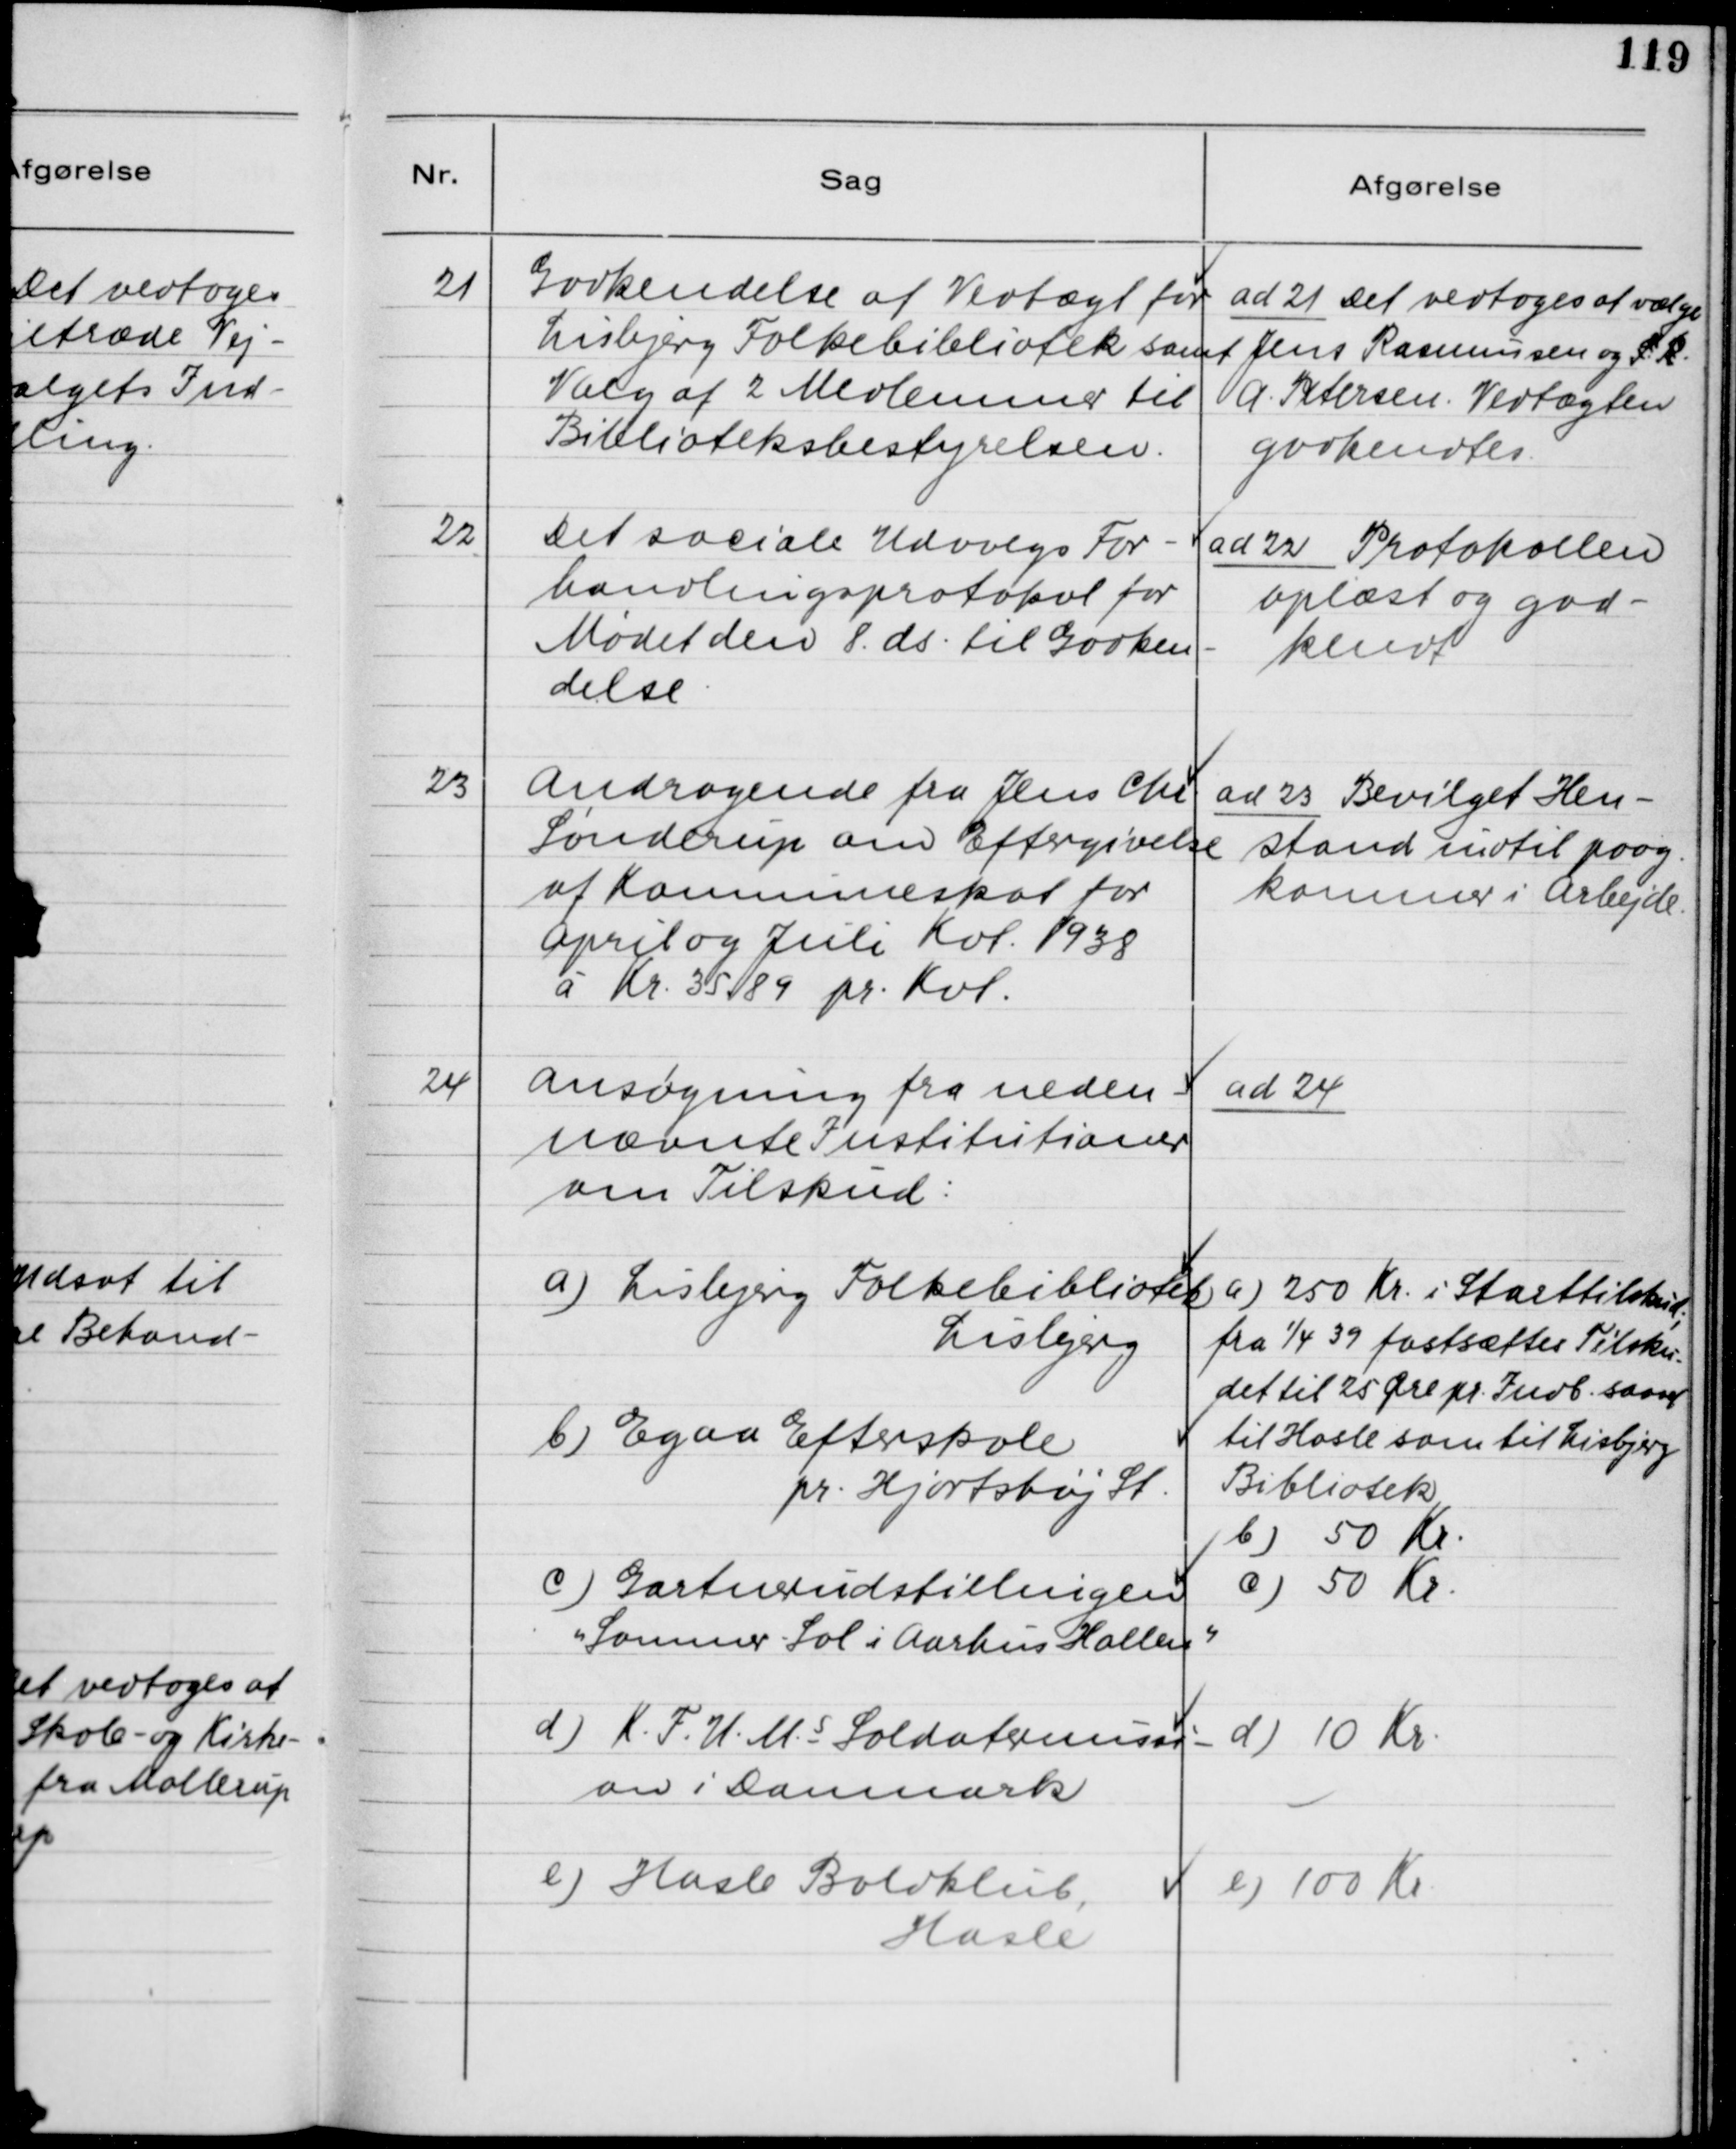
Transskription:
21. Godkendelse af Vedtægt for
Lisbjerg Folkebibliotek samt
Valg af 2 Medlemmer til
Biblioteksbestyrelsen.

ad 21. Det vedtoges at vælge
Jens Rasmussen og S.R.
A. Petersen. Vedtægten
godkendtes.

22. Det sociale Udvalgs For-
hendlingsprotokol for
Mødet den 8. ds. til Godken-
delse.

ad 22. Protokollen
oplæst og god-
kendt

23. Andragende fra Jens Chr.
Sønderup om Eftergivelse
af Kommuneskat for
April og Juli Kvt. 1938
á Kr. 35,89 pr. Kvt.

ad 23. Bevilget Hen-
stand indtil paag.
kommer i Arbejde

24. Ansøgning fra neden-
nævnte Institutioner
om Tilskud:
a) Lisbjerg Folkebibliotek
Lisbjerg
b) Egaa Efterskole
pr. Hjortshøj St.
c) Gartnerudstillingen
"Sommer - Sol i Aarhus Hallen"
d) K.F.U.M.´s Soldatermissi-
on i Danmark
e) Hasle Boldklub,
Hasle

ad 24.
a) 250 Kr. i Starttilskud,
fra 1/4 39 fastsættes Tilsku-
det til 25 Øre pr. Indb. samt
til Hasle som til Lisbjerg
Bibliotek
b) 50 Kr.
c) 50 Kr.
d) 10 Kr.
e) 100 Kr.